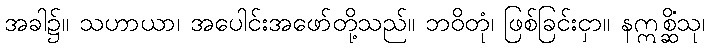
အခါ၌။ သဟာယာ၊ အပေါင်းအဖော်တို့သည်။ ဘဝိတုံ၊ ဖြစ်ခြင်းငှာ။ နဣစ္ဆိံသု၊